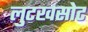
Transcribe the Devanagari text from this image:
लुटखसोट